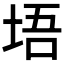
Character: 𪣔